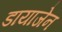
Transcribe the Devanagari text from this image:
डायाजेन